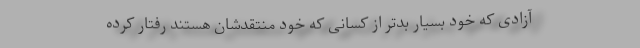
آزادی که خود بسیار بدتر از کسانی که خود منتقدشان هستند رفتار کرده